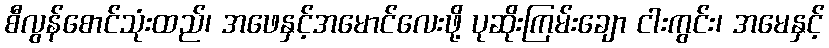
စီလွန်စောင်သုံးထည်၊ အဖေနှင့်အမောင်လေးဖို့ ပုဆိုးကြမ်းချော ငါးကွင်း၊ အမေနှင့်